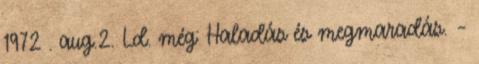
1972 . aug.2. Ld. még: Haladás és megmaradás. –